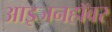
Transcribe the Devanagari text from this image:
आइजनहॉवर